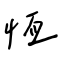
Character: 恆